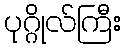
ပုဂ္ဂိုလ်ကြီး